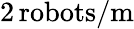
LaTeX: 2\, \mathrm{robots}/\mathrm{m}